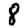
Digit: 8